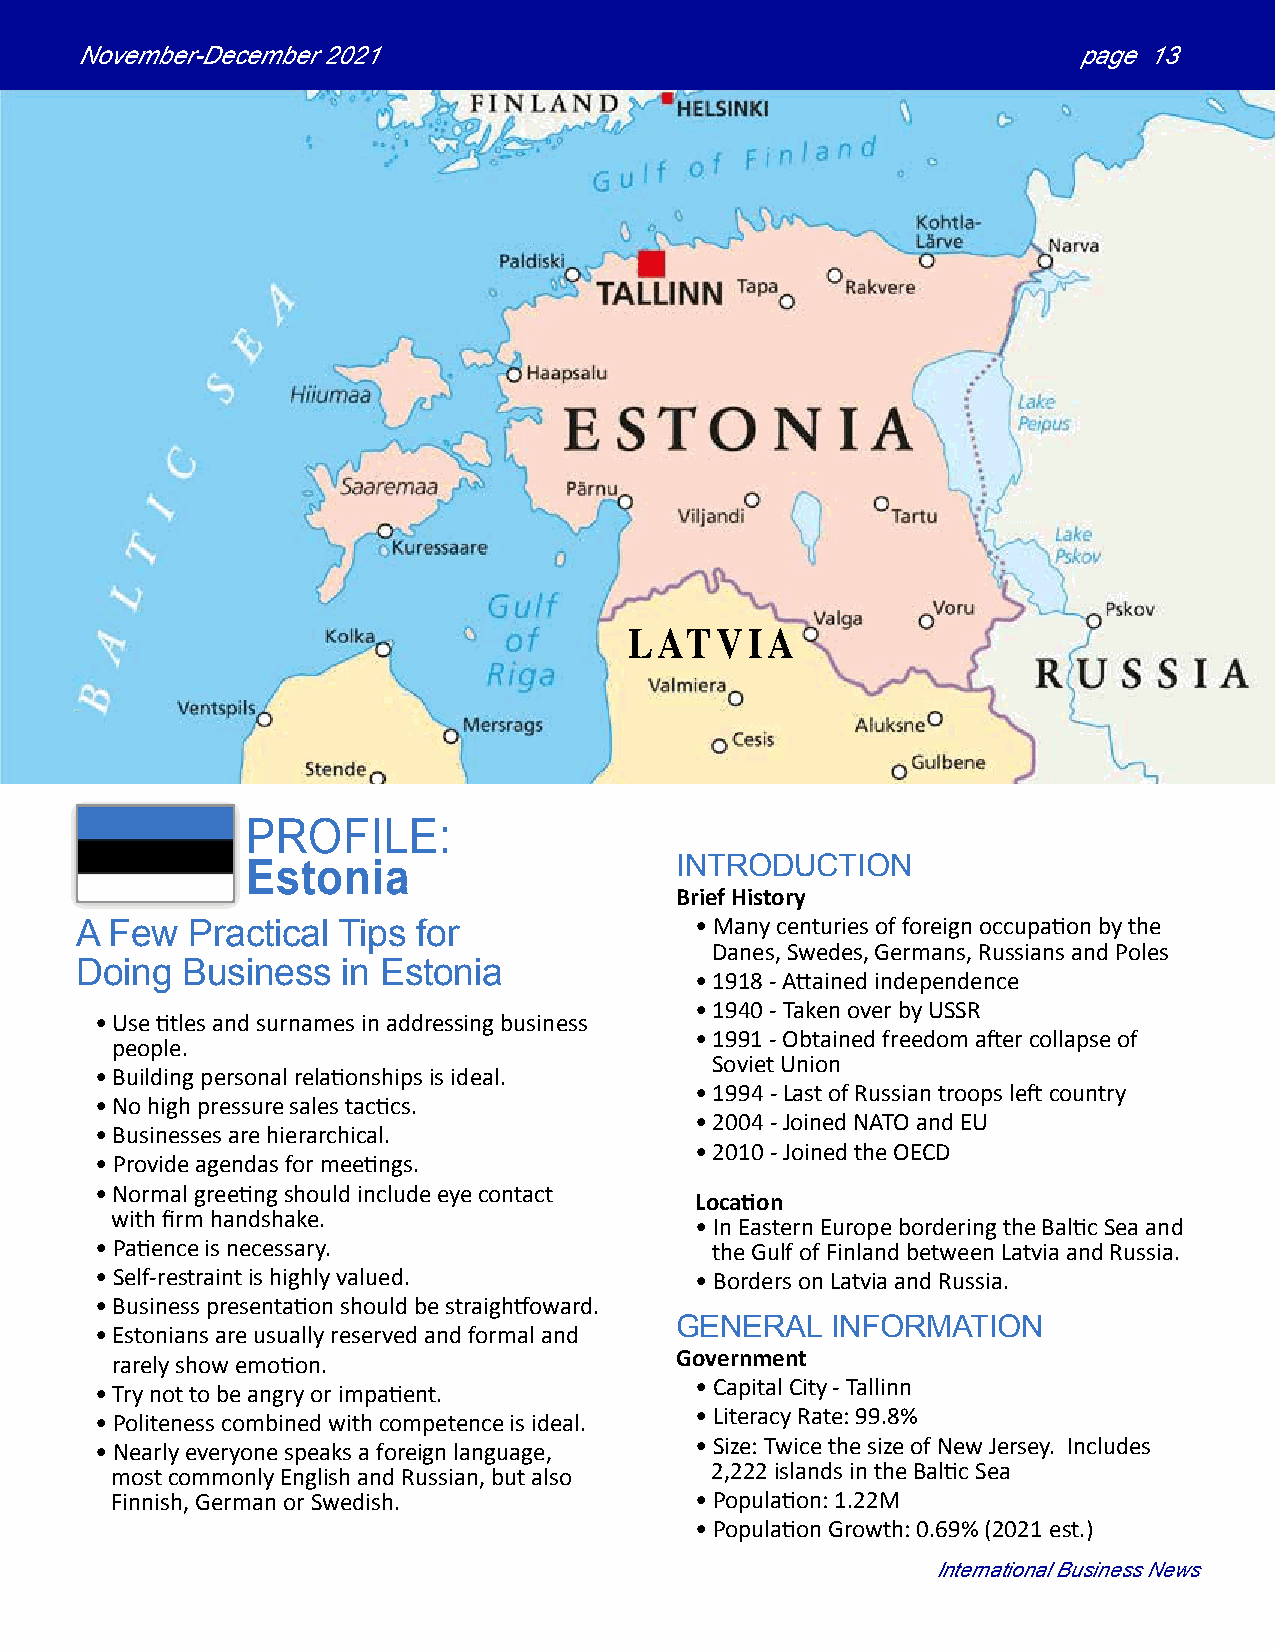
November-December 2021                                            page 13
 LATVIA
 PROFILE:
 INTRODUCTION
 Estonia
 Brief History
 A Few  Practical Tips  for               • Many centuries of foreign occupation by the
 Danes, Swedes, Germans, Russians and Poles
 Doing  Business   in Estonia
 • 1918 - Attained independence
 • 1940 - Taken over by USSR
 • Use titles and surnames in addressing business
 • 1991 - Obtained freedom after collapse of
 people.
 Soviet Union
 • Building personal relationships is ideal.
 • 1994 - Last of Russian troops left country
 • No high pressure sales tactics.
 • 2004 - Joined NATO and EU
 • Businesses are hierarchical.
 • 2010 - Joined the OECD
 • Provide agendas for meetings.
 • Normal greeting should include eye contact
 Location
 with firm handshake.
 • In Eastern Europe bordering the Baltic Sea and
 • Patience is necessary.                 the Gulf of Finland between Latvia and Russia.
 • Self-restraint is highly valued.      • Borders on Latvia and Russia.
 • Business presentation should be straightfoward.
 GENERAL   INFORMATION
 • Estonians are usually reserved and formal and
 Government
 rarely show emotion.
 • Capital City - Tallinn
 • Try not to be angry or impatient.
 • Literacy Rate: 99.8%
 • Politeness combined with competence is ideal.
 • Size: Twice the size of New Jersey. Includes
 • Nearly everyone speaks a foreign language,
 2,222 islands in the Baltic Sea
 most commonly English and Russian, but also
 Finnish, German or Swedish.            • Population: 1.22M
 • Population Growth: 0.69% (2021 est.)
 International Business News